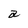
Character: a